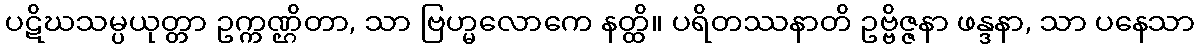
ပဋိဃသမ္ပယုတ္တာ ဥက္ကဏ္ဌိတာ, သာ ဗြဟ္မလောကေ နတ္ထိ။ ပရိတဿနာတိ ဥဗ္ဗိဇ္ဇနာ ဖန္ဒနာ, သာ ပနေသာ